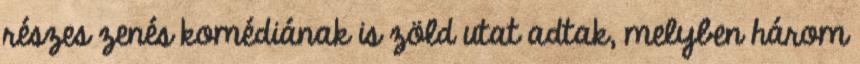
részes zenés komédiának is zöld utat adtak, melyben három